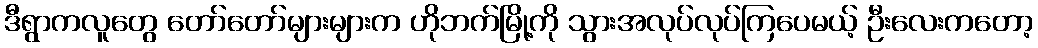
ဒီရွာကလူတွေ တော်တော်များများက ဟိုဘက်မြို့ကို သွားအလုပ်လုပ်ကြပေမယ့် ဦးလေးကတော့